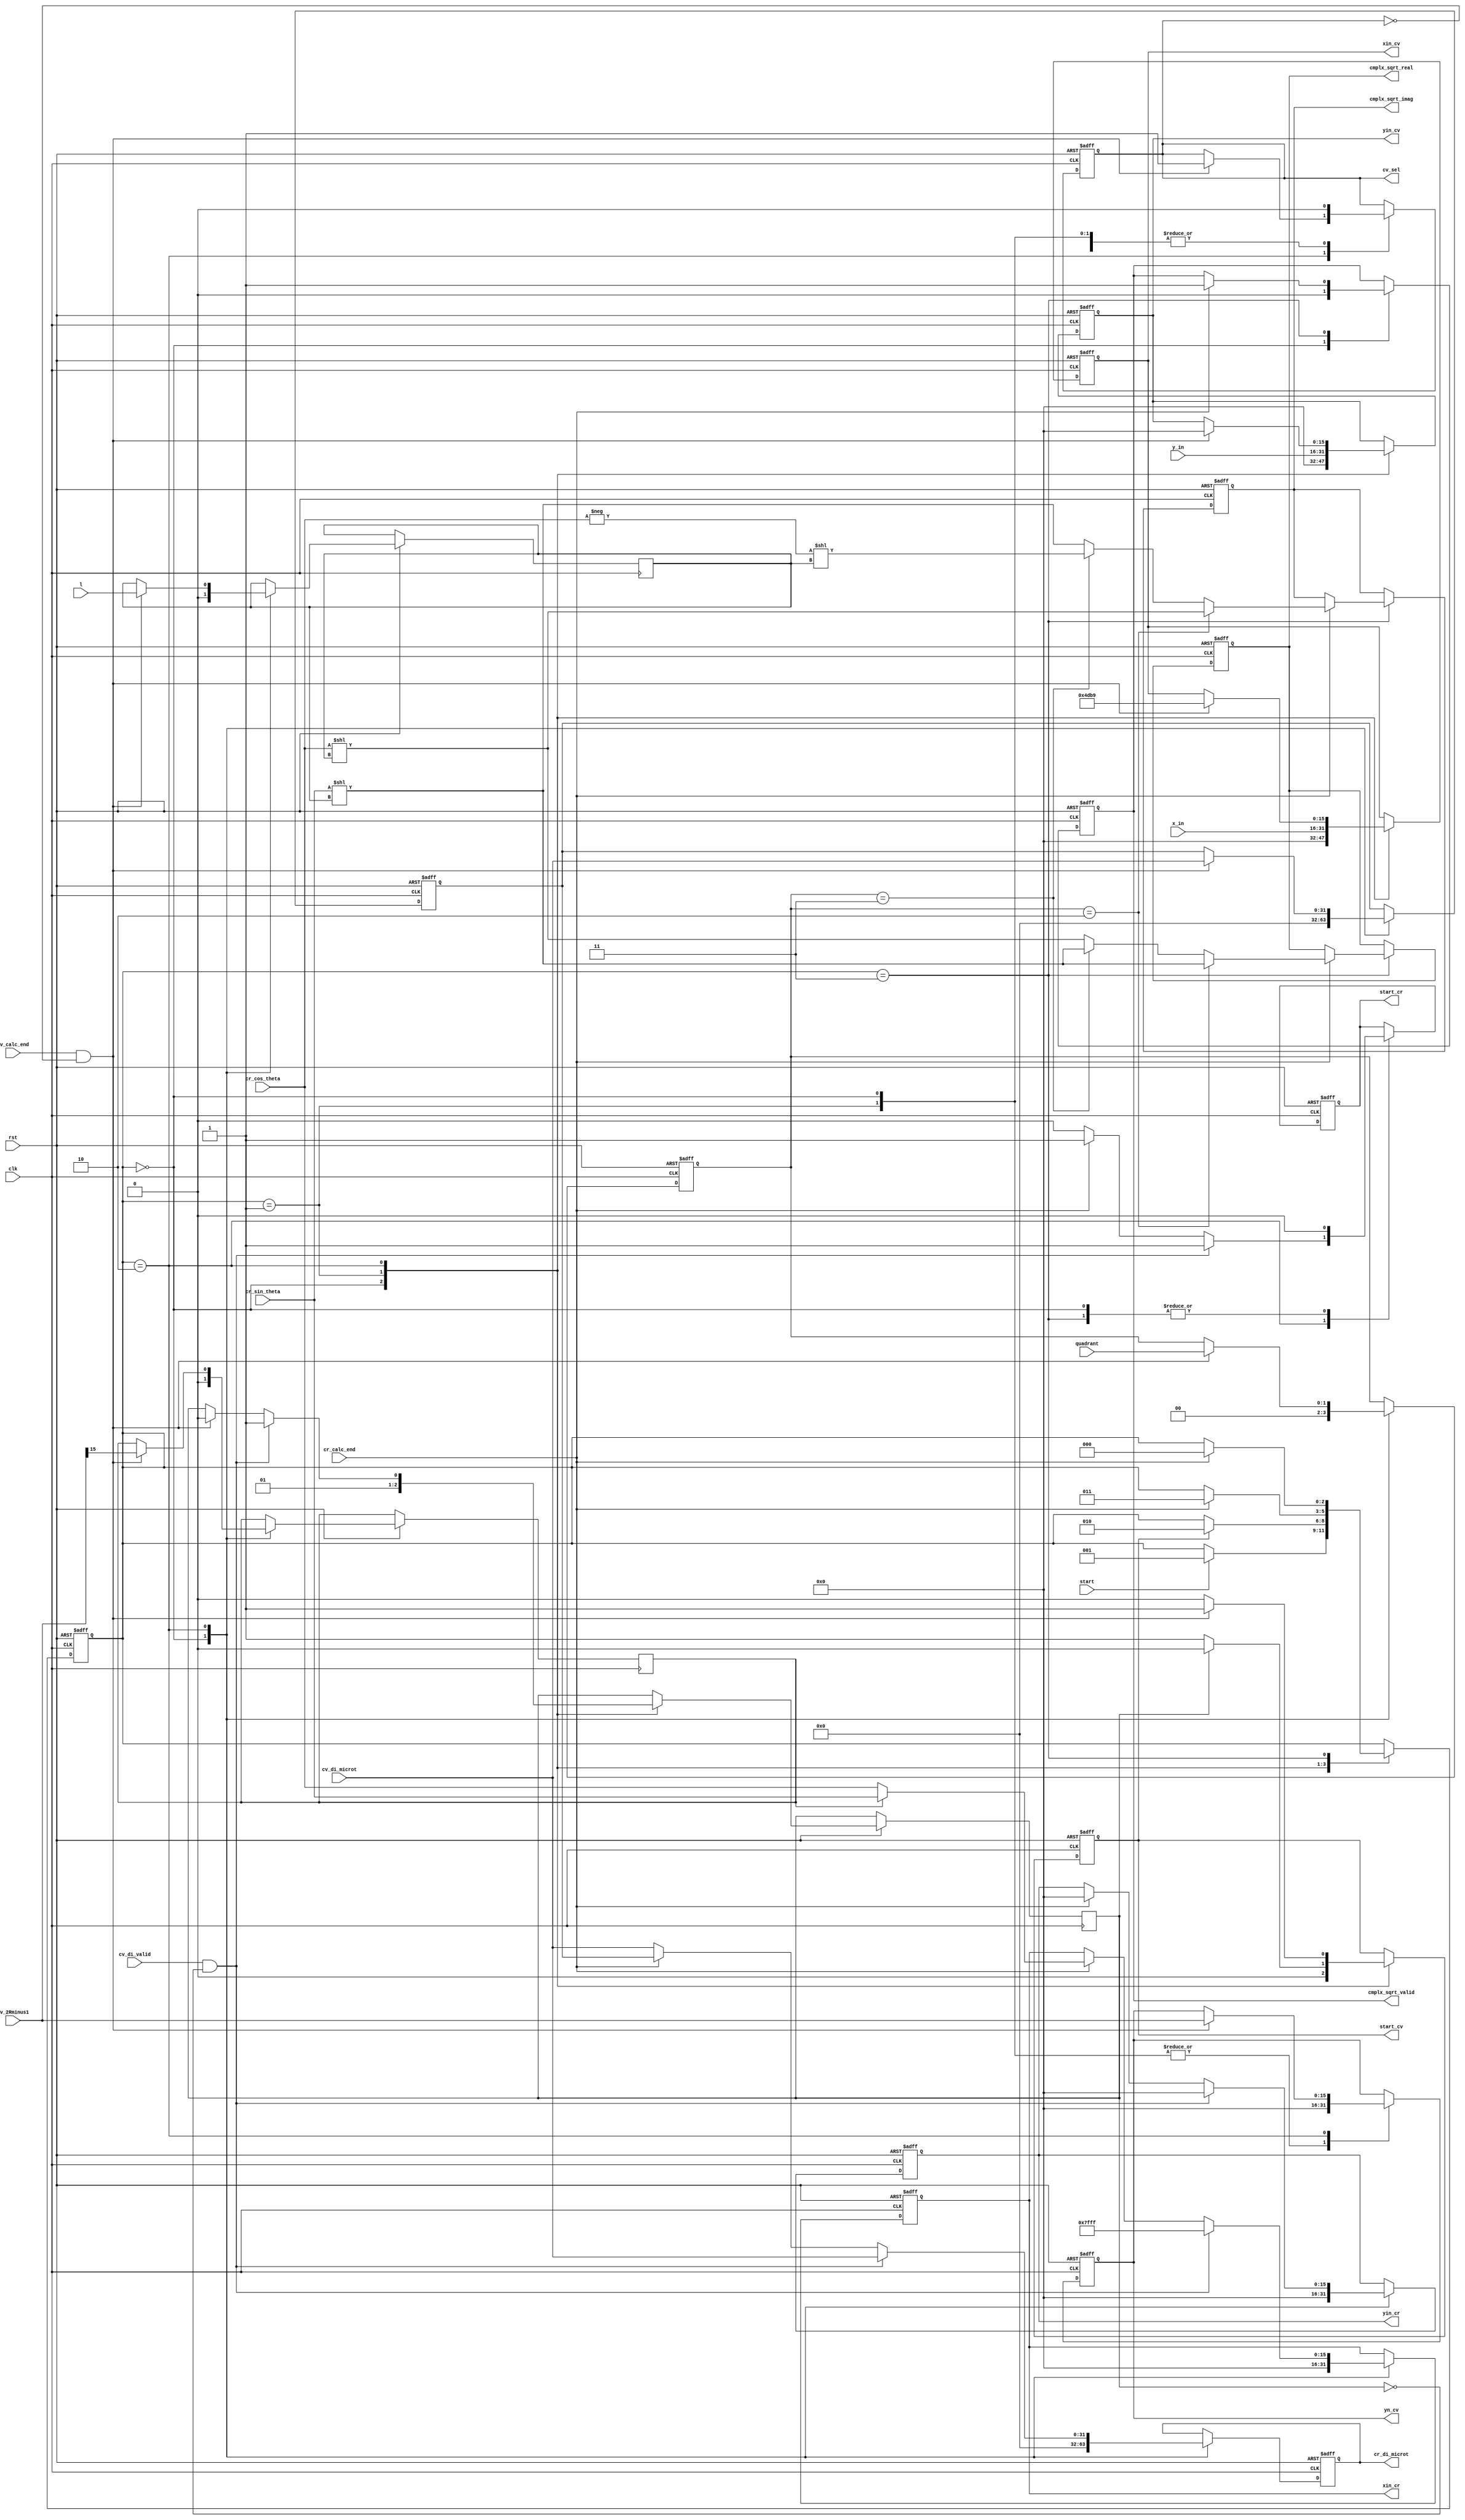
`timescale 1ns / 1ps
//////////////////////////////////////////////////////////////////////////////////
// Company: 
// Engineer: 
// 
// Design Name: 
// Module Name:    Mux_Controller 
// Project Name: 
// Target Devices: 
// Tool versions: 
// Description: 
//
// Dependencies: 
//
// Revision: 
// Revision 0.01 - File Created
// Additional Comments: 
//
//////////////////////////////////////////////////////////////////////////////////
module Mux_Controller(
    input clk,
    input rst,
    input signed [15:0] x_in,
    input signed [15:0] y_in,
    input start,
	  input cv_calc_end,
	  input cr_calc_end,
    input cv_di_valid,
    input [31:0] cv_di_microt,
    input signed [15:0] cv_2Rminus1,
    input l,
    input signed [15:0] cr_cos_theta,
    input signed [15:0] cr_sin_theta,
	  input [1:0] quadrant,
    output reg [31:0] cr_di_microt,
    output reg start_cv,
    output reg start_cr,
    output reg cv_sel,
    output reg signed [15:0] xin_cv,
    output reg signed [15:0] yin_cv,
    output reg signed [15:0] yn_cv,
    output reg signed [15:0] xin_cr,
    output reg signed [15:0] yin_cr,
    output reg signed [15:0] cmplx_sqrt_real,
    output reg signed [15:0] cmplx_sqrt_imag,
    output reg cmplx_sqrt_valid
    );
	 
	 
reg [2:0] current_state;
reg [31:0] cv_di_microt_psi;
reg [1:0] in_quadrant;
reg set_bit;
reg cv_2Rminus1_sign;
reg l_reg;

parameter S0=3'b000;
parameter S1=3'b001;
parameter S2=3'b010;
parameter S3=3'b011;

always @ (posedge clk or negedge rst)
begin
	if(!rst) begin
	  start_cv					<= 1'b0;
	  start_cr					<= 1'b0;
	  cv_sel					<= 1'b0;
	  cmplx_sqrt_valid		<= 1'b0;
	  cmplx_sqrt_valid		<= 1'b0;
	  in_quadrant  			<= 2'b00;
	  cv_di_microt_psi  	<= 32'h00000000;
	  cr_di_microt		  	<= 32'h00000000;
	  xin_cv					<= 16'h0000;
	  yin_cv					<= 16'h0000;
	  yn_cv						<= 16'h0000;
	  xin_cr					<= 16'h0000;
	  yin_cr					<= 16'h0000;
	  cmplx_sqrt_real   	<= 16'h0000;
	  cmplx_sqrt_imag   	<= 16'h0000;
	end
	else begin	
		case(current_state)
		S0: begin
		  start_cv					<= 1'b0;
		  start_cr					<= 1'b0;
		  cv_sel					<= 1'b0;
		  cmplx_sqrt_valid		<= 1'b0;
		  set_bit					<= 1'b0;
		  in_quadrant				<= 2'b00;
		  cv_di_microt_psi  	<= 32'h00000000;
		  cr_di_microt  			<= 32'h00000000;
		  xin_cv					<= 16'h0000;
		  yin_cv					<= 16'h0000;
		  yn_cv						<= 16'h0000;
		  xin_cr					<= 16'h0000;
		  yin_cr					<= 16'h0000;
      l_reg <=0;
      cv_2Rminus1_sign <= 0;
		end
		
		S1: begin
		  xin_cv	<= x_in;
		  yin_cv	<= y_in;
		  yn_cv		<= 16'h0000;//0
		  cv_sel	<= 1'b0;
		  set_bit	<= 1'b1;
			if(!set_bit)
			  start_cv	<= 1'b1;
			else
			  start_cv	<= 1'b0;
		end
		
		S2: begin
			if(cv_calc_end && (!cv_sel)) begin
			  cv_di_microt_psi	<= cv_di_microt;
			  xin_cv	<= 16'h4DB9;//0.6073//1 //16'h136F--in q13
			  yin_cv	<= 16'h0000;//0
			  yn_cv		<= cv_2Rminus1;//2R-1
        l_reg <= l;
        cv_2Rminus1_sign <= cv_2Rminus1[15];
			  in_quadrant	<= quadrant;	
			  set_bit	<= 1'b0;
			  cv_sel	<= 1'b1;
			  start_cv	<= 1'b1;
			end
			else
			  start_cv	<= 1'b0;
			if((cv_di_valid) && (!set_bit)) begin
			  xin_cr	<= 16'h7fff;//1
			  yin_cr	<= 16'h0000;//0
			  cr_di_microt	<= cv_di_microt;//phi
			  start_cr	<= 1'b1;
			  set_bit	<= 1'b1;
			end
			else if(cr_calc_end) begin
        if (cv_2Rminus1_sign == 1)
          xin_cr			<= cr_sin_theta;//cos theta=rootR
        else
			    xin_cr			<= cr_cos_theta;//cos theta=rootR
			  yin_cr			<= 16'h0000;//0
			  cr_di_microt	<= cv_di_microt_psi;//psi/2
			  start_cr	<= 1'b1;
			end
			else begin
			  start_cr			<= 1'b0;
			  cr_di_microt	<= cv_di_microt;//phi
			end
		end
		S3: begin
			cv_sel	<= 1'b0;
			start_cr	<= 1'b0;
			if(cr_calc_end)
			begin
				cmplx_sqrt_valid	<= 1'b1;
				if(in_quadrant==2'b10) begin
				  cmplx_sqrt_real	<= cr_sin_theta << l_reg;
				  cmplx_sqrt_imag	<= cr_cos_theta << l_reg;
				end
				else if(in_quadrant==2'b11) begin
				  cmplx_sqrt_real	<= cr_sin_theta << l_reg;
				  cmplx_sqrt_imag	<= -cr_cos_theta << l_reg;
				end
				else begin
				  cmplx_sqrt_real	<= cr_cos_theta << l_reg;
				  cmplx_sqrt_imag	<= cr_sin_theta << l_reg;
				end
			end
		end	
		endcase	
  end //else part end
end //always end

always @ (posedge clk or negedge rst)
begin
	if(!rst)
	begin
	current_state	<= S0;
	end
	else
	begin
		case(current_state)
		S0: if(start)
		  current_state	<= S1;
		
		S1: 
		if(start_cv)
		  current_state	<= S2;
		
		S2: if(cr_calc_end) //if((cv_di_valid) && (!set_bit))
		  current_state	<= S3;
		
		S3: if(cr_calc_end)
		  current_state	<= S0;//S4
		endcase
	end
end


endmodule